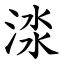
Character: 渁